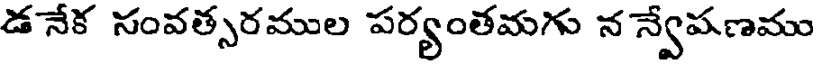
డ నేక సంవత్సరముల పర్యంతమగు న న్వేపణము